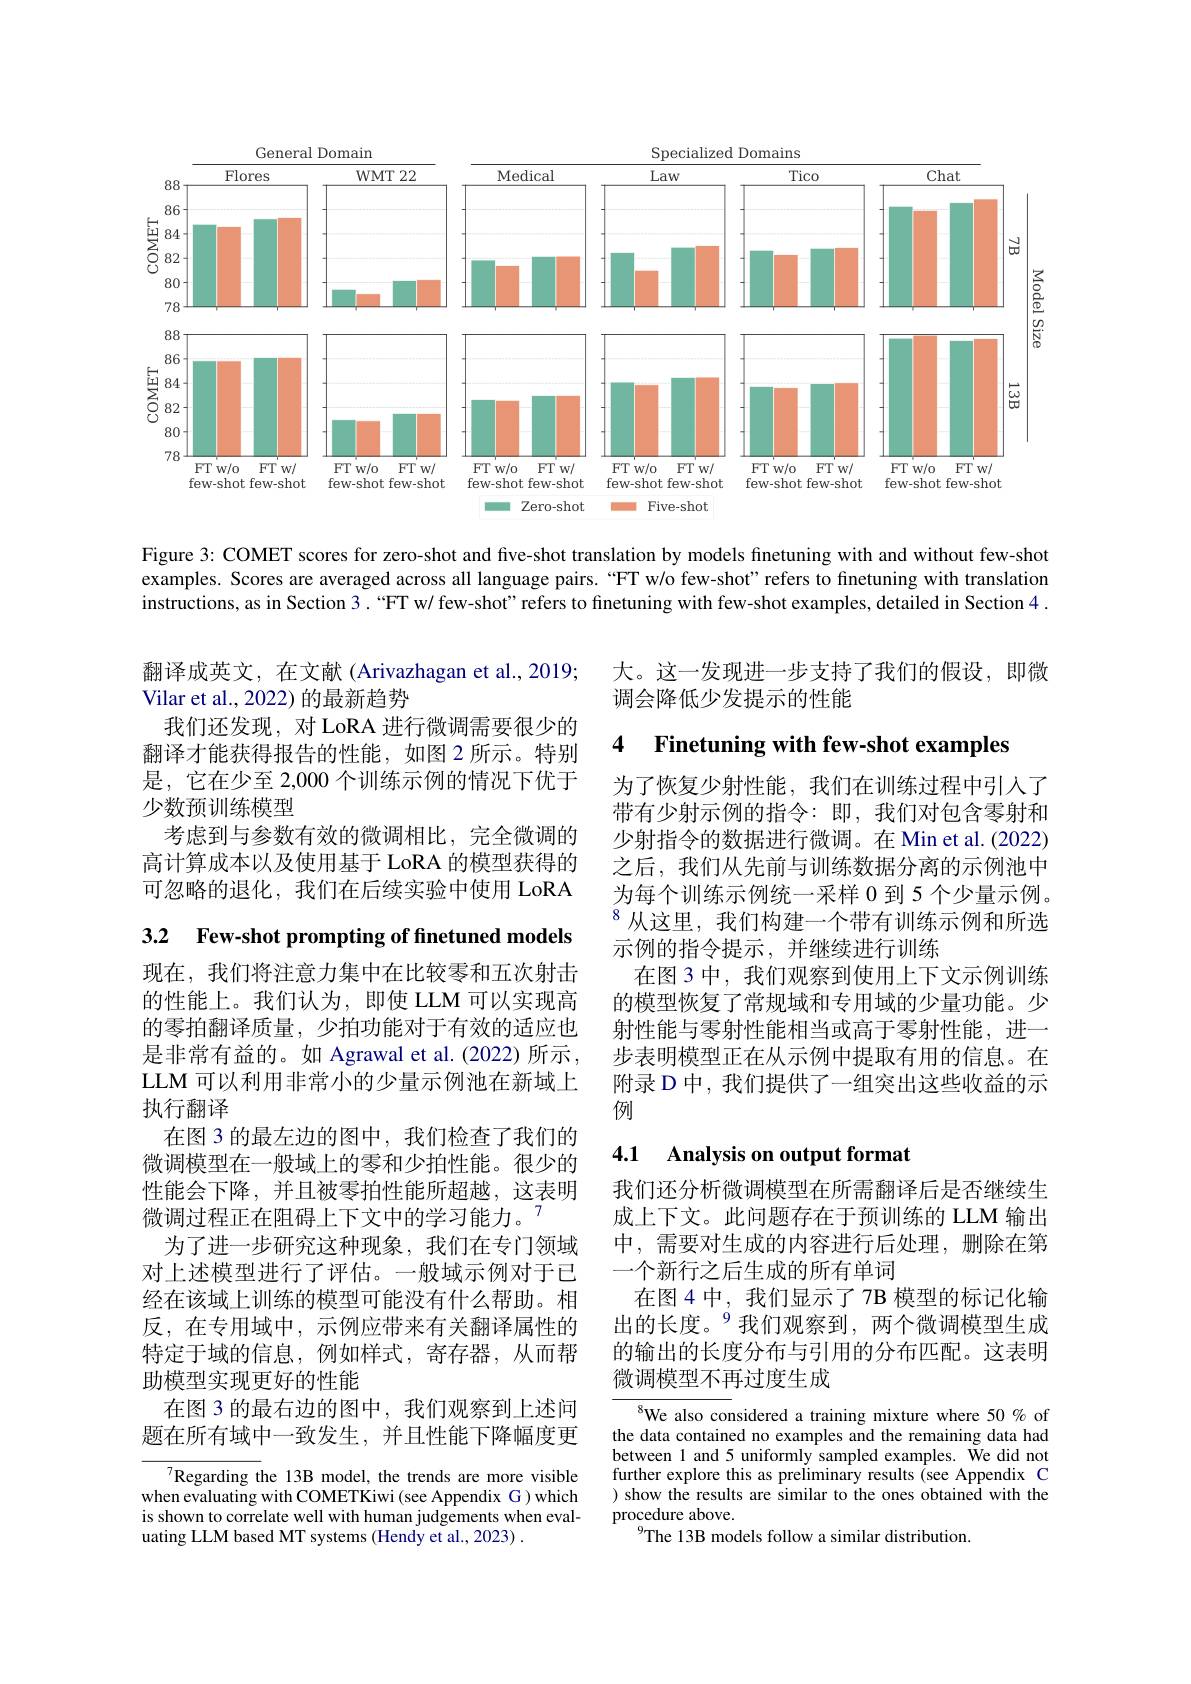
<FigureHere>

Figure 3: COMET scores for zero-shot and five-shot translation by models finetuning with and without few-shot examples. Scores are averaged across all language pairs. “FT w/o few-shot" refers to finetuning with translation instructions, as in Section 3. “FT w/ few-shot" refers to finetuning with few-shot examples, detailed in Section 4

翻译成英文，在文献(Arivazhagan et al., 2019;
Vilar et al., 2022) 的最新趋势
我们还发现，对 LoRA 进行微调需要很少的翻译才能获得报告的性能，如图 2 所示。特别是，它在少至 2,000 个训练示例的情况下优于少数预训练模型
考虑到与参数有效的微调相比，完全微调的高计算成本以及使用基于 LoRA 的模型获得的可忽略的退化，我们在后续实验中使用 LoRA

3.2 Few-shot prompting of finetuned models

现在，我们将注意力集中在比较零和五次射击的性能上。我们认为，即使 LLM 可以实现高的零拍翻译质量，少拍功能对于有效的适应也是非常有益的。如 Agrawal et al.(2022)所示， LLM 可以利用非常小的少量示例池在新域上执行翻译
在图 3 的最左边的图中，我们检查了我们的微调模型在一般域上的零和少拍性能。很少的性能会下降，并且被零拍性能所超越，这表明微调过程正在阻碍上下文中的学习能力。
为了进一步研究这种现象，我们在专门领域对上述模型进行了评估。一般域示例对于已经在该域上训练的模型可能没有什么帮助。相反，在专用域中，示例应带来有关翻译属性的特定于域的信息，例如样式，寄存器，从而帮助模型实现更好的性能
在图 3 的最右边的图中，我们观察到上述问题在所有域中一致发生，并且性能下降幅度更

$^{7}$Regarding the 13B model, the trends are more visible when evaluating with COMETKiwi (see Appendix G) which is shown to correlate well with human judgements when evaluating LLM based MT systems (Hendy et al., 2023) .

大。这一发现进一步支持了我们的假设，即微
调会降低少发提示的性能

### 4 Finetuning with few-shot examples

为了恢复少射性能，我们在训练过程中引入了带有少射示例的指令：即，我们对包含零射和少射指令的数据进行微调。在 Min et al. (2022) 之后，我们从先前与训练数据分离的示例池中为每个训练示例统一采样 0 到 5 个少量示例。$^{8}$从这里，我们构建一个带有训练示例和所选示例的指令提示，并继续进行训练
在图 3 中，我们观察到使用上下文示例训练的模型恢复了常规域和专用域的少量功能。少射性能与零射性能相当或高于零射性能，进一步表明模型正在从示例中提取有用的信息。在附录 D 中，我们提供了一组突出这些收益的示例

## 4.1 Analysis on output format

我们还分析微调模型在所需翻译后是否继续生成上下文。此问题存在于预训练的 LLM 输出中，需要对生成的内容进行后处理，删除在第一个新行之后生成的所有单词
在图 4 中，我们显示了 7 B 模型的标记化输出的长度。$^{9}$我们观察到，两个微调模型生成的输出的长度分布与引用的分布匹配。这表明微调模型不再过度生成

${^{8}}$We also considered a training mixture where 50% of the data contained no examples and the remaining data had between 1 and 5 uniformly sampled examples. We did not further explore this as preliminary results (see Appendix C ) show the results are similar to the ones obtained with the procedure above.
$^{9}$The 13B models follow a similar distribution.